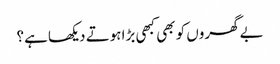
بے گھروں کو بھی کبھی بڑا ہوتے دیکھا ہے؟